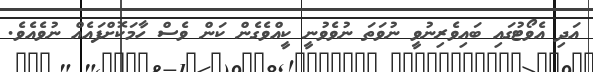
އަދި އެވޯޓުގައި ބައިވެރިނުވީ ނުވަތަ ނުވެވުނީ ކީއްވެގެން ކަން ވެސް ހާމަކޮށްފައެއް ނުވެއެވެ.